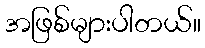
အဖြစ်များပါတယ်။